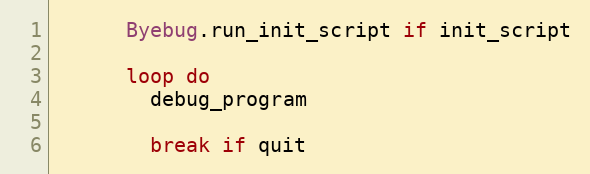
Language: Ruby
      Byebug.run_init_script if init_script

      loop do
        debug_program

        break if quit